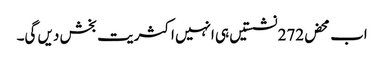
اب محض272 نشستیں ہی انہیں اکثریت بخش دیں گی۔